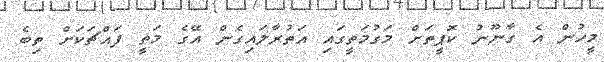
މީހުން އެ ގާނޫނު ކޮޕީތަށް މަގުމަތީގައި އަތުރާލައިގެން އޭގެ މަތީ ފައްޗަކަށް ތިބެ